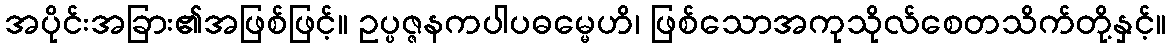
အပိုင်းအခြား၏အဖြစ်ဖြင့်။ ဥပ္ပဇ္ဇနကပါပဓမ္မေဟိ၊ ဖြစ်သောအကုသိုလ်စေတသိက်တို့နှင့်။